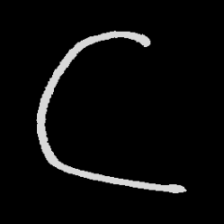
Pyu character \u2014 Myanmar letter: ဋ (romanized: tta)